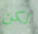
لكن